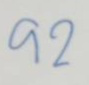
92